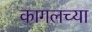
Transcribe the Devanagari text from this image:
कागलच्या